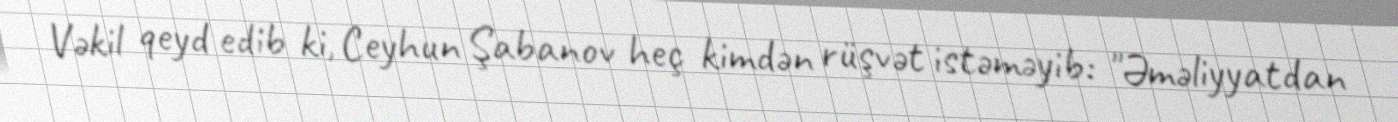
Vəkil qeyd edib ki, Ceyhun Şabanov heç kimdən rüşvət istəməyib: "Əməliyyatdan